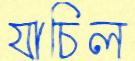
যাচিল